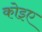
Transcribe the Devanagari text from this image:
कोइए